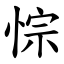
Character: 悰